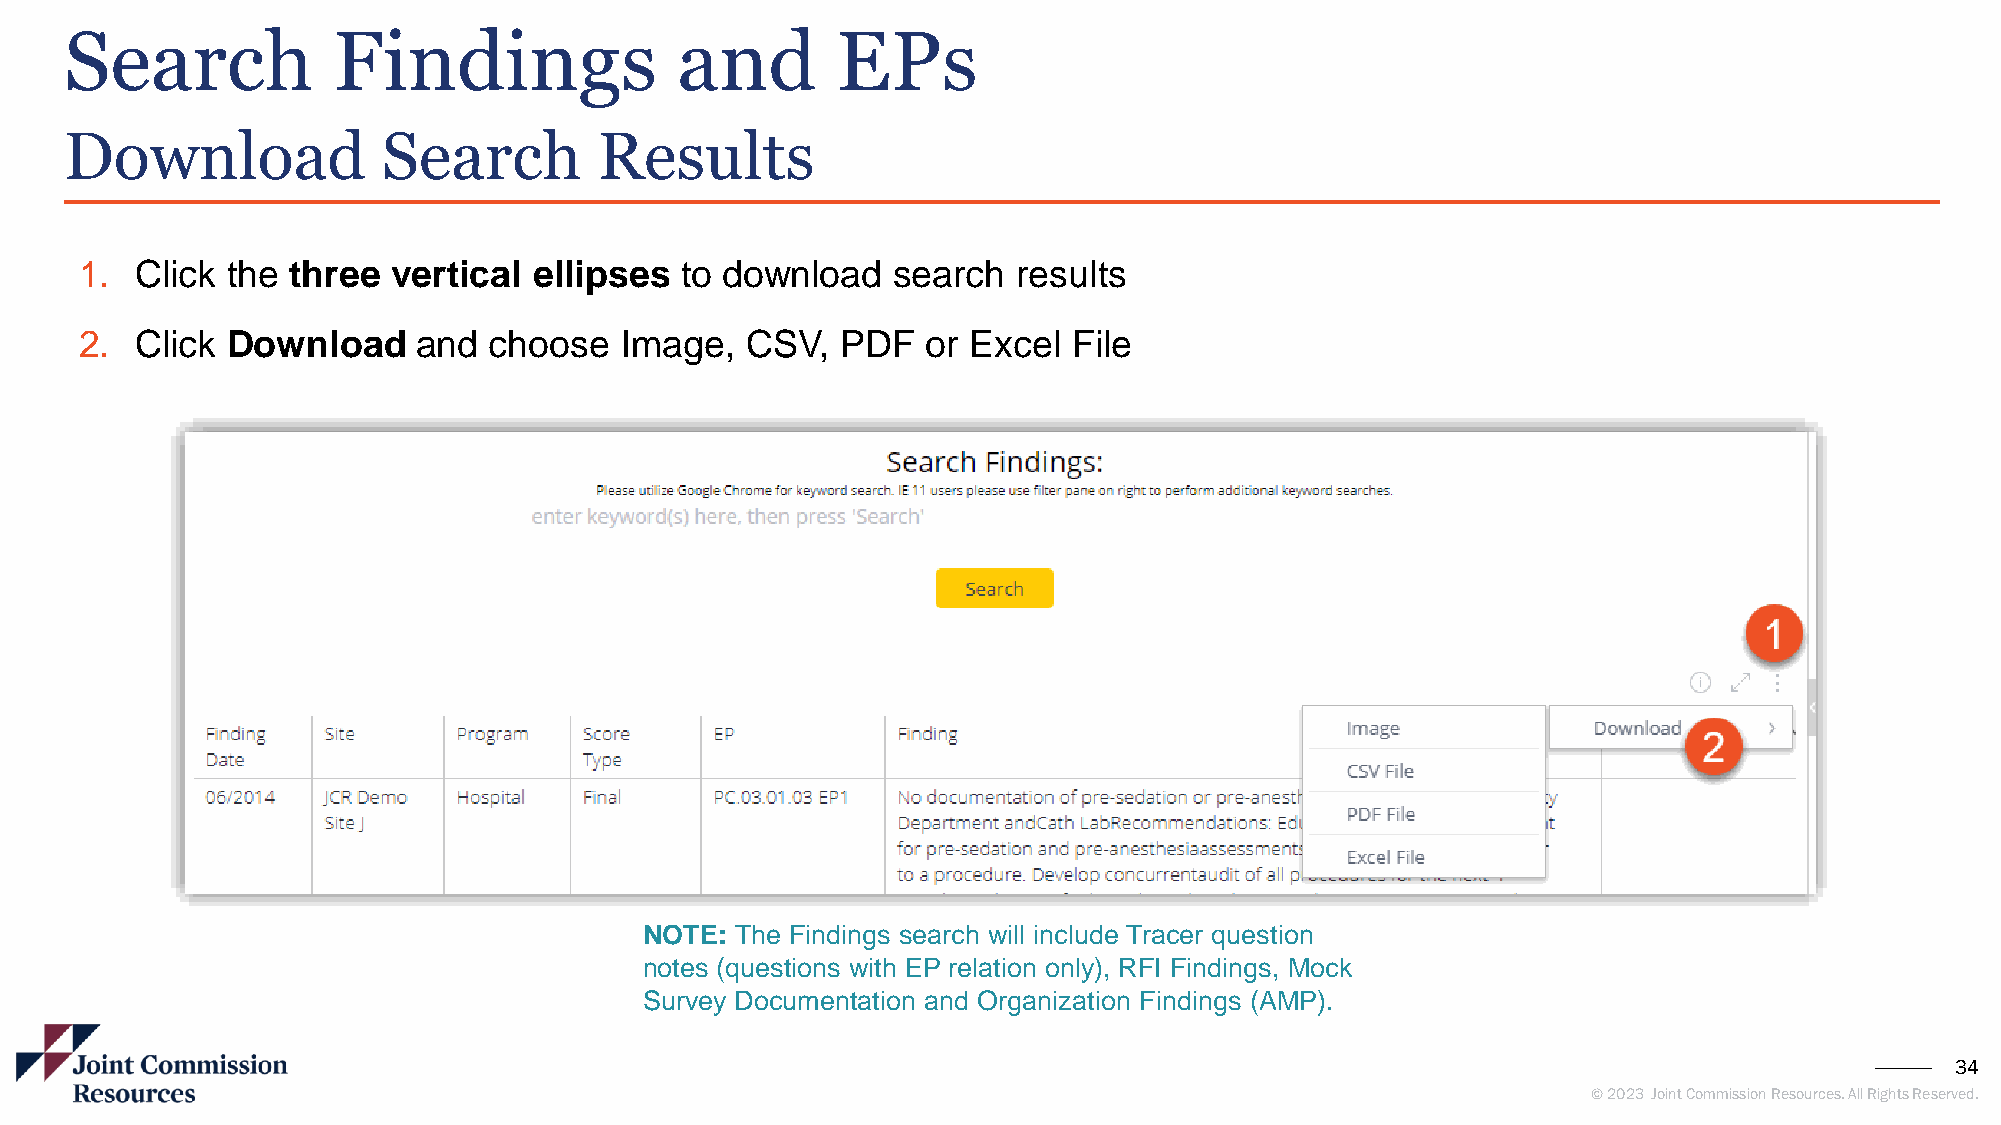
Search            Findings               and       EPs
 Download             Search         Results
 1.  Click the three  vertical ellipses  to download   search  results
 2.  Click Download     and choose   Image,  CSV,   PDF  or Excel  File
 NOTE: The Findings search will include Tracer question
 notes (questions with EP relation only), RFI Findings, Mock
 Survey Documentation and Organization Findings (AMP).
 34
 © 2023 Joint Commission Resources. All Rights Reserved.